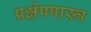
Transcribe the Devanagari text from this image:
प्रक्षेपपास्त्र